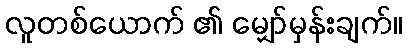
လူတစ်ယောက် ၏ မျှော်မှန်းချက်။